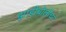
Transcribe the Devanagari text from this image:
झाडीबोलीचा